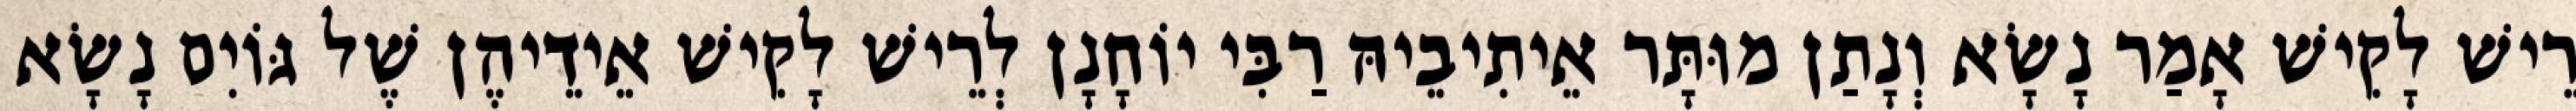
רֵישׁ לָקִישׁ אָמַר נָשָׂא וְנָתַן מוּתָּר אֵיתִיבֵיהּ רַבִּי יוֹחָנָן לְרֵישׁ לָקִישׁ אֵידֵיהֶן שֶׁל גּוֹיִם נָשָׂא